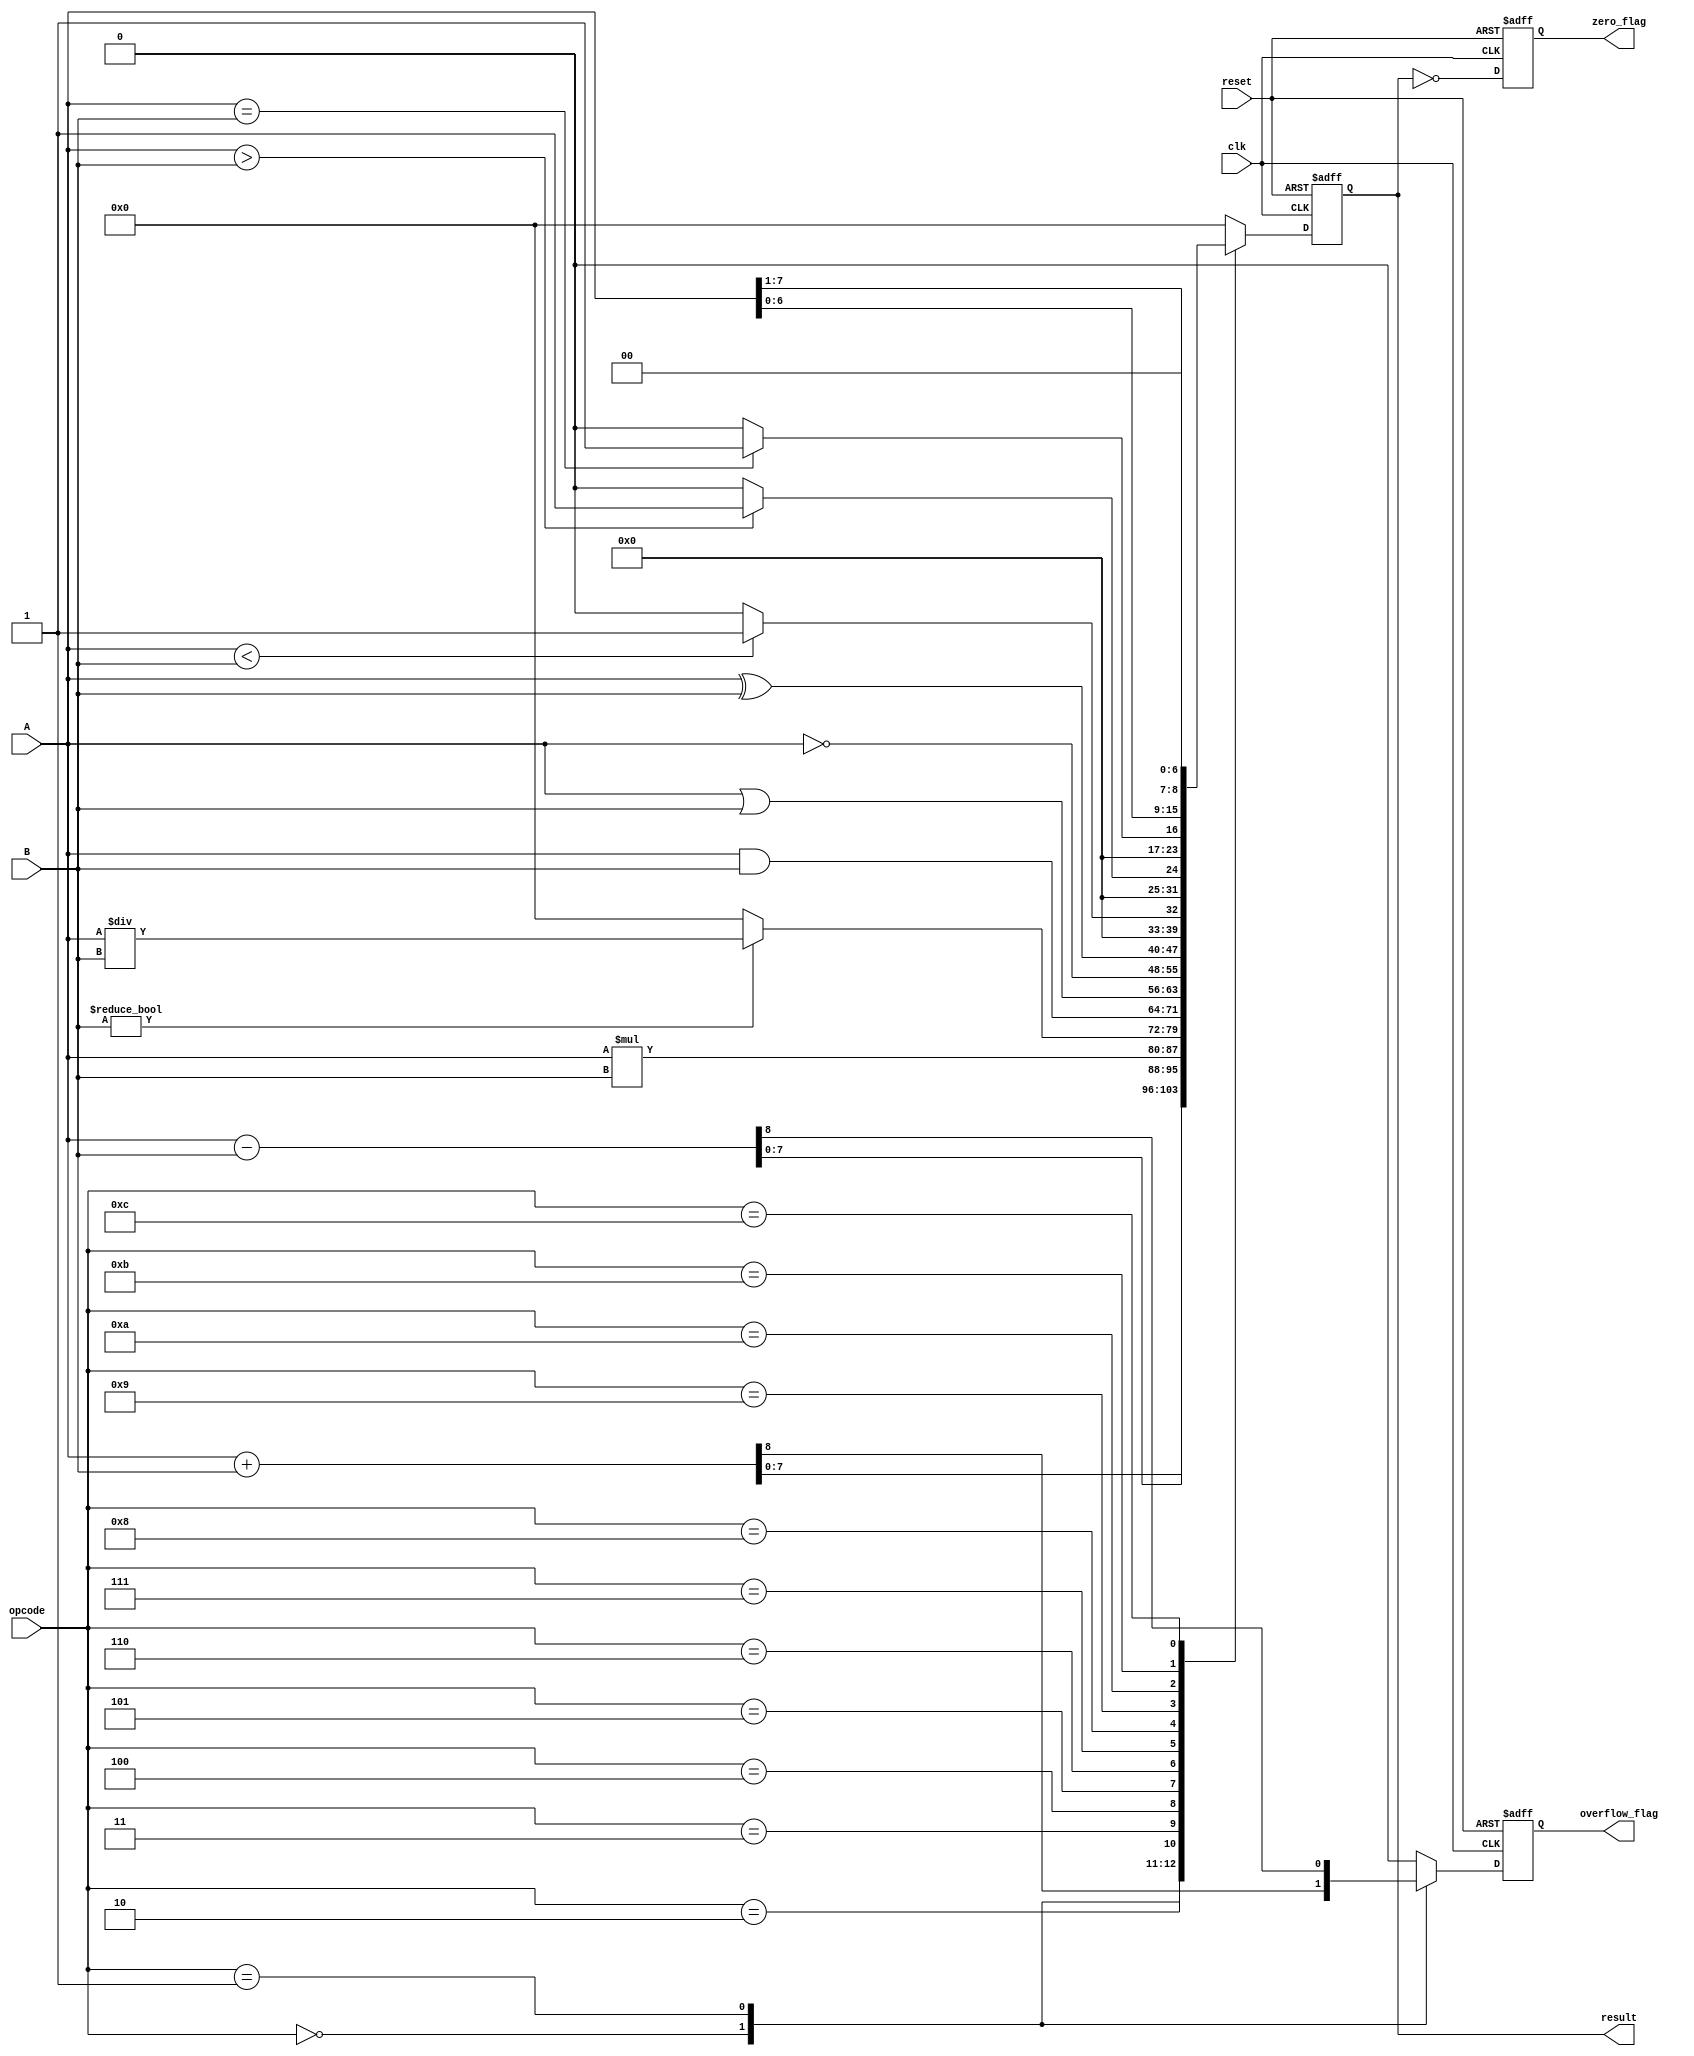
module ALU #(
    parameter WIDTH = 8
) (
    input  wire [WIDTH-1:0] A,
    input  wire [WIDTH-1:0] B,
    input  wire [3:0]       opcode,  // Opcode for the operation
    input  wire             clk,
    input  wire             reset,
    output reg  [WIDTH-1:0] result,
    output reg              zero_flag,
    output reg              overflow_flag
);

    // Define opcode values
    localparam OP_ADD       = 4'b0000;
    localparam OP_SUB       = 4'b0001;
    localparam OP_MUL       = 4'b0010;
    localparam OP_DIV       = 4'b0011;
    localparam OP_AND       = 4'b0100;
    localparam OP_OR        = 4'b0101;
    localparam OP_NOT       = 4'b0110;
    localparam OP_XOR       = 4'b0111;
    localparam OP_LT        = 4'b1000;  // Less than
    localparam OP_GT        = 4'b1001;  // Greater than
    localparam OP_EQ        = 4'b1010;  // Equal to
    localparam OP_LSHIFT    = 4'b1011;  // Left shift
    localparam OP_RSHIFT    = 4'b1100;  // Right shift

    // On reset, initialize outputs
    always @(posedge clk or posedge reset) begin
        if (reset) begin
            result <= {WIDTH{1'b0}};
            zero_flag <= 1'b0;
            overflow_flag <= 1'b0;
        end else begin
            case (opcode)
                OP_ADD: begin
                    {overflow_flag, result} <= A + B; // Capture overflow
                end
                OP_SUB: begin
                    {overflow_flag, result} <= A - B; // Capture overflow
                end
                OP_MUL: begin
                    result <= A * B;
                    overflow_flag <= 1'b0; // Implement proper overflow handling if needed
                end
                OP_DIV: begin
                    if (B != {WIDTH{1'b0}}) begin
                        result <= A / B;
                    end else begin
                        result <= {WIDTH{1'b0}}; // Handle division by zero
                    end
                    overflow_flag <= 1'b0; // Implement proper overflow handling if needed
                end
                OP_AND: begin
                    result <= A & B;
                    overflow_flag <= 1'b0;
                end
                OP_OR: begin
                    result <= A | B;
                    overflow_flag <= 1'b0;
                end
                OP_NOT: begin
                    result <= ~A; // Not operation can be only on A
                    overflow_flag <= 1'b0;
                end
                OP_XOR: begin
                    result <= A ^ B;
                    overflow_flag <= 1'b0;
                end
                OP_LT: begin
                    result <= (A < B) ? 1 : 0; // Result is 1 if A < B, else 0
                    overflow_flag <= 1'b0;
                end
                OP_GT: begin
                    result <= (A > B) ? 1 : 0; // Result is 1 if A > B, else 0
                    overflow_flag <= 1'b0;
                end
                OP_EQ: begin
                    result <= (A == B) ? 1 : 0; // Result is 1 if A == B, else 0
                    overflow_flag <= 1'b0;
                end
                OP_LSHIFT: begin
                    result <= A << 1; // Left shift A by 1 position
                    overflow_flag <= 1'b0;
                end
                OP_RSHIFT: begin
                    result <= A >> 1; // Right shift A by 1 position
                    overflow_flag <= 1'b0;
                end
                default: begin
                    result <= {WIDTH{1'b0}};
                    overflow_flag <= 1'b0;
                end
            endcase

            // Set zero flag
            zero_flag <= (result == {WIDTH{1'b0}});
        end
    end

endmodule